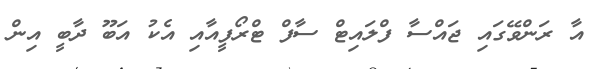
އާ ރަންވޭގައި ޖައްސާ ފްލައިޓް ސާފް ޓްރޯފީއާއި އެކު އަބޫ ދާބީ އިން